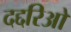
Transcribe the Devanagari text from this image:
दद्दरिओ